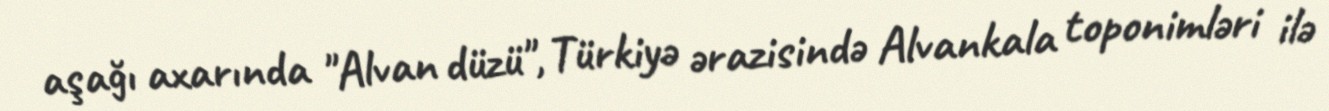
aşağı axarında "Alvan düzü", Türkiyə ərazisində Alvankala toponimləri ilə